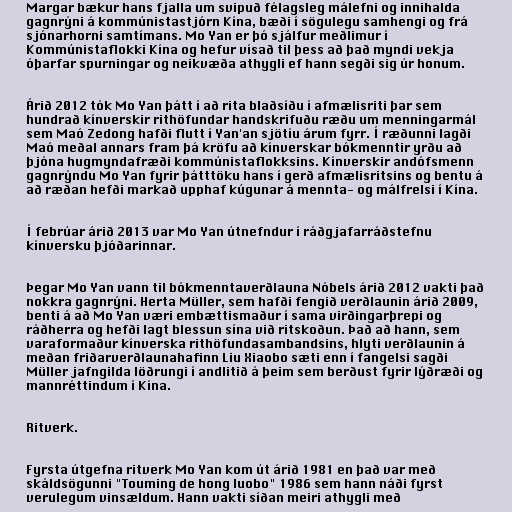
Margar bækur hans fjalla um svipuð félagsleg málefni og innihalda
gagnrýni á kommúnistastjórn Kína, bæði í sögulegu samhengi og frá
sjónarhorni samtímans. Mo Yan er þó sjálfur meðlimur í
Kommúnistaflokki Kína og hefur vísað til þess að það myndi vekja
óþarfar spurningar og neikvæða athygli ef hann segði sig úr honum.

Árið 2012 tók Mo Yan þátt í að rita blaðsíðu í afmælisriti þar sem
hundrað kínverskir rithöfundar handskrifuðu ræðu um menningarmál
sem Maó Zedong hafði flutt í Yan'an sjötíu árum fyrr. Í ræðunni lagði
Maó meðal annars fram þá kröfu að kínverskar bókmenntir yrðu að
þjóna hugmyndafræði kommúnistaflokksins. Kínverskir andófsmenn
gagnrýndu Mo Yan fyrir þátttöku hans í gerð afmælisritsins og bentu á
að ræðan hefði markað upphaf kúgunar á mennta- og málfrelsi í Kína.

Í febrúar árið 2013 var Mo Yan útnefndur í ráðgjafarráðstefnu
kínversku þjóðarinnar.

Þegar Mo Yan vann til bókmenntaverðlauna Nóbels árið 2012 vakti það
nokkra gagnrýni. Herta Müller, sem hafði fengið verðlaunin árið 2009,
benti á að Mo Yan væri embættismaður í sama virðingarþrepi og
ráðherra og hefði lagt blessun sína við ritskoðun. Það að hann, sem
varaformaður kínverska rithöfundasambandsins, hlyti verðlaunin á
meðan friðarverðlaunahafinn Liu Xiaobo sæti enn í fangelsi sagði
Müller jafngilda löðrungi í andlitið á þeim sem berðust fyrir lýðræði og
mannréttindum í Kína.

Ritverk.

Fyrsta útgefna ritverk Mo Yan kom út árið 1981 en það var með
skáldsögunni "Touming de hong luobo" 1986 sem hann náði fyrst
verulegum vinsældum. Hann vakti síðan meiri athygli með